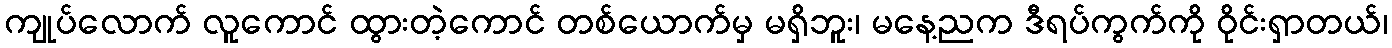
ကျုပ်လောက် လူကောင် ထွားတဲ့ကောင် တစ်ယောက်မှ မရှိဘူး၊ မနေ့ညက ဒီရပ်ကွက်ကို ဝိုင်းရှာတယ်၊